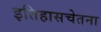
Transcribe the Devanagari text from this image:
इतिहासचेतना